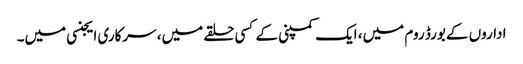
اداروں کے بورڈ روم میں، ایک کمپنی کے کسی حلقے میں، سرکاری ایجنسی میں۔